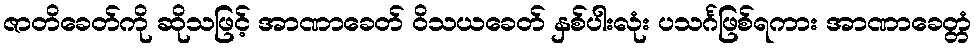
ဇာတိခေတ်ကို ဆိုသဖြင့် အာဏာခေတ် ဝိသယခေတ် နှစ်ပါးလုံး ပသင်္ဂဖြစ်ရကား အာဏာခေတ္တံ